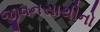
જીવનસાથીનો